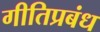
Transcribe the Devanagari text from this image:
गीतिप्रबंध